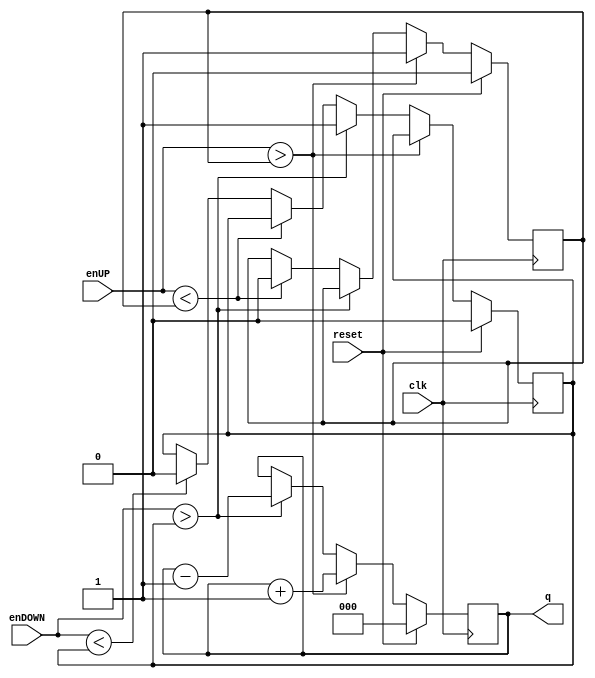
`timescale 1ns / 1ps
//////////////////////////////////////////////////////////////////////////////////
// Company: 
// Engineer: 
// 
// Design Name: 
// Module Name:    Contador_AD_Frecuencia 
// Project Name: 
// Target Devices: 
// Tool versions: 
// Description: 
//
// Dependencies: 
//
// Revision: 
// Revision 0.01 - File Created
// Additional Comments: 
//
//////////////////////////////////////////////////////////////////////////////////
module Contador_AD_Frecuencia

	# (parameter N = 3) // Para definir el nmero de bits del contador
	(
		input wire clk,
		input wire reset,
		input wire enUP,
		input wire enDOWN,
		output wire [N-1:0] q
    );

//Signal Declarations
reg [N-1:0] q_act;
reg banderaUP,banderaDOWN;

//Body of "state" registers
always@(posedge clk)
begin	
	if(reset)
	
	begin
		q_act = 0;
		banderaUP = 0;
		banderaDOWN = 0;
	end
	/*else
		q_act <= q_next;*/

//Specified functions of the counter 		
//always@*

	else if(enUP > banderaUP)
	begin
		q_act = q_act + 1'b1;
		banderaUP = 1;
	end
	
	else if (enDOWN > banderaDOWN)
	begin
		q_act = q_act - 1'b1;
		banderaDOWN = 1;
	end
	
	else if (enUP < banderaUP) banderaUP = 0;
	
	else if (enDOWN < banderaDOWN) banderaDOWN = 0;
	
end
//Output Logic
assign q = q_act;

endmodule